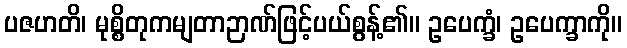
ပဇဟတိ၊ မုစ္စိတုကမျတာဉာဏ်ဖြင့်ပယ်စွန့်၏။ ဥပေက္ခံ၊ ဥပေက္ခာကို။